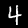
Label: 4